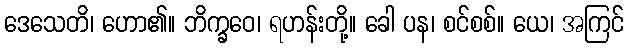
ဒေသေတိ၊ ဟော၏။ ဘိက္ခဝေ၊ ရဟန်းတို့။ ခေါ ပန၊ စင်စစ်။ ယေ၊ အကြင်